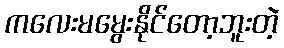
ကလေးမမွေးနိုင်တော့ဘူးတဲ့